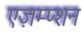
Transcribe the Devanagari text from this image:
एज़म्प्शन